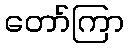
တော်ကြာ